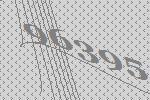
96395